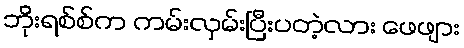
ဘိုးရစ်စ်က ကမ်းလှမ်းပြီးပတဲ့လား ဖေဖျား